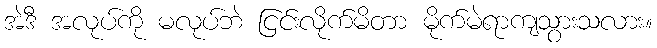
အဲဒီ အလုပ်ကို မလုပ်ဘဲ ငြင်းလိုက်မိတာ မိုက်မဲရာကျသွားသလား။